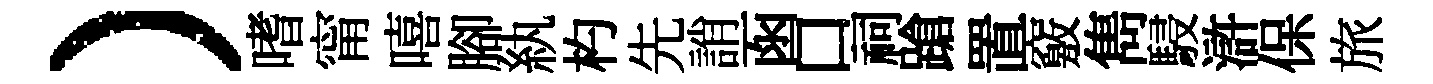
）嗜甯嘻腳紈杓先誚函口祠蹌置竅雋駸滸保旅